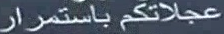
عجلاتكم باستمرار